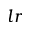
l r